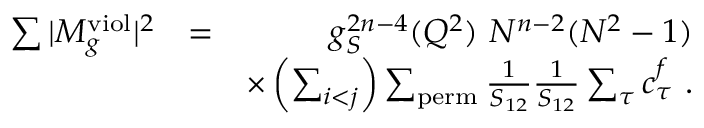
\begin{array} { r l r } { \sum \vert M _ { g } ^ { \mathrm { v i o l } } \vert ^ { 2 } } & { = } & { g _ { S } ^ { 2 n - 4 } ( Q ^ { 2 } ) ~ N ^ { n - 2 } ( N ^ { 2 } - 1 ) } \\ & { } & { \times \left( \sum _ { i < j } \right) \sum _ { \mathrm { p e r m } } \frac { 1 } { S _ { 1 2 } } \frac { 1 } { S _ { 1 2 } } \sum _ { \tau } c _ { \tau } ^ { f } ~ . } \end{array}